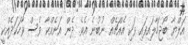
އަލްޔާ ބޯޖަހާލައިފައި ވަކި އެއްޗެއް ނުބުނެ އެވެ. ދެން އަނެއްކާ ވެސް ވާހަކަދެއްކީ